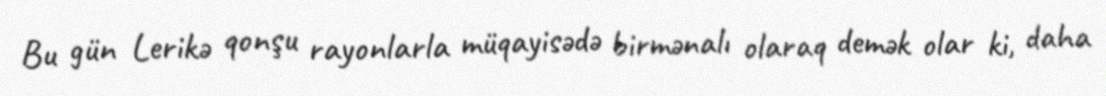
Bu gün Lerikə qonşu rayonlarla müqayisədə birmənalı olaraq demək olar ki, daha